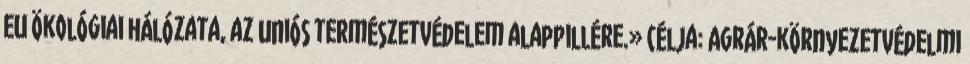
EU ökológiai hálózata, az uniós természetvédelem alappillére.» Célja: Agrár-környezetvédelmi